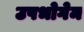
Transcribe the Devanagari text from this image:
उपभोगेम